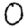
Digit: 0